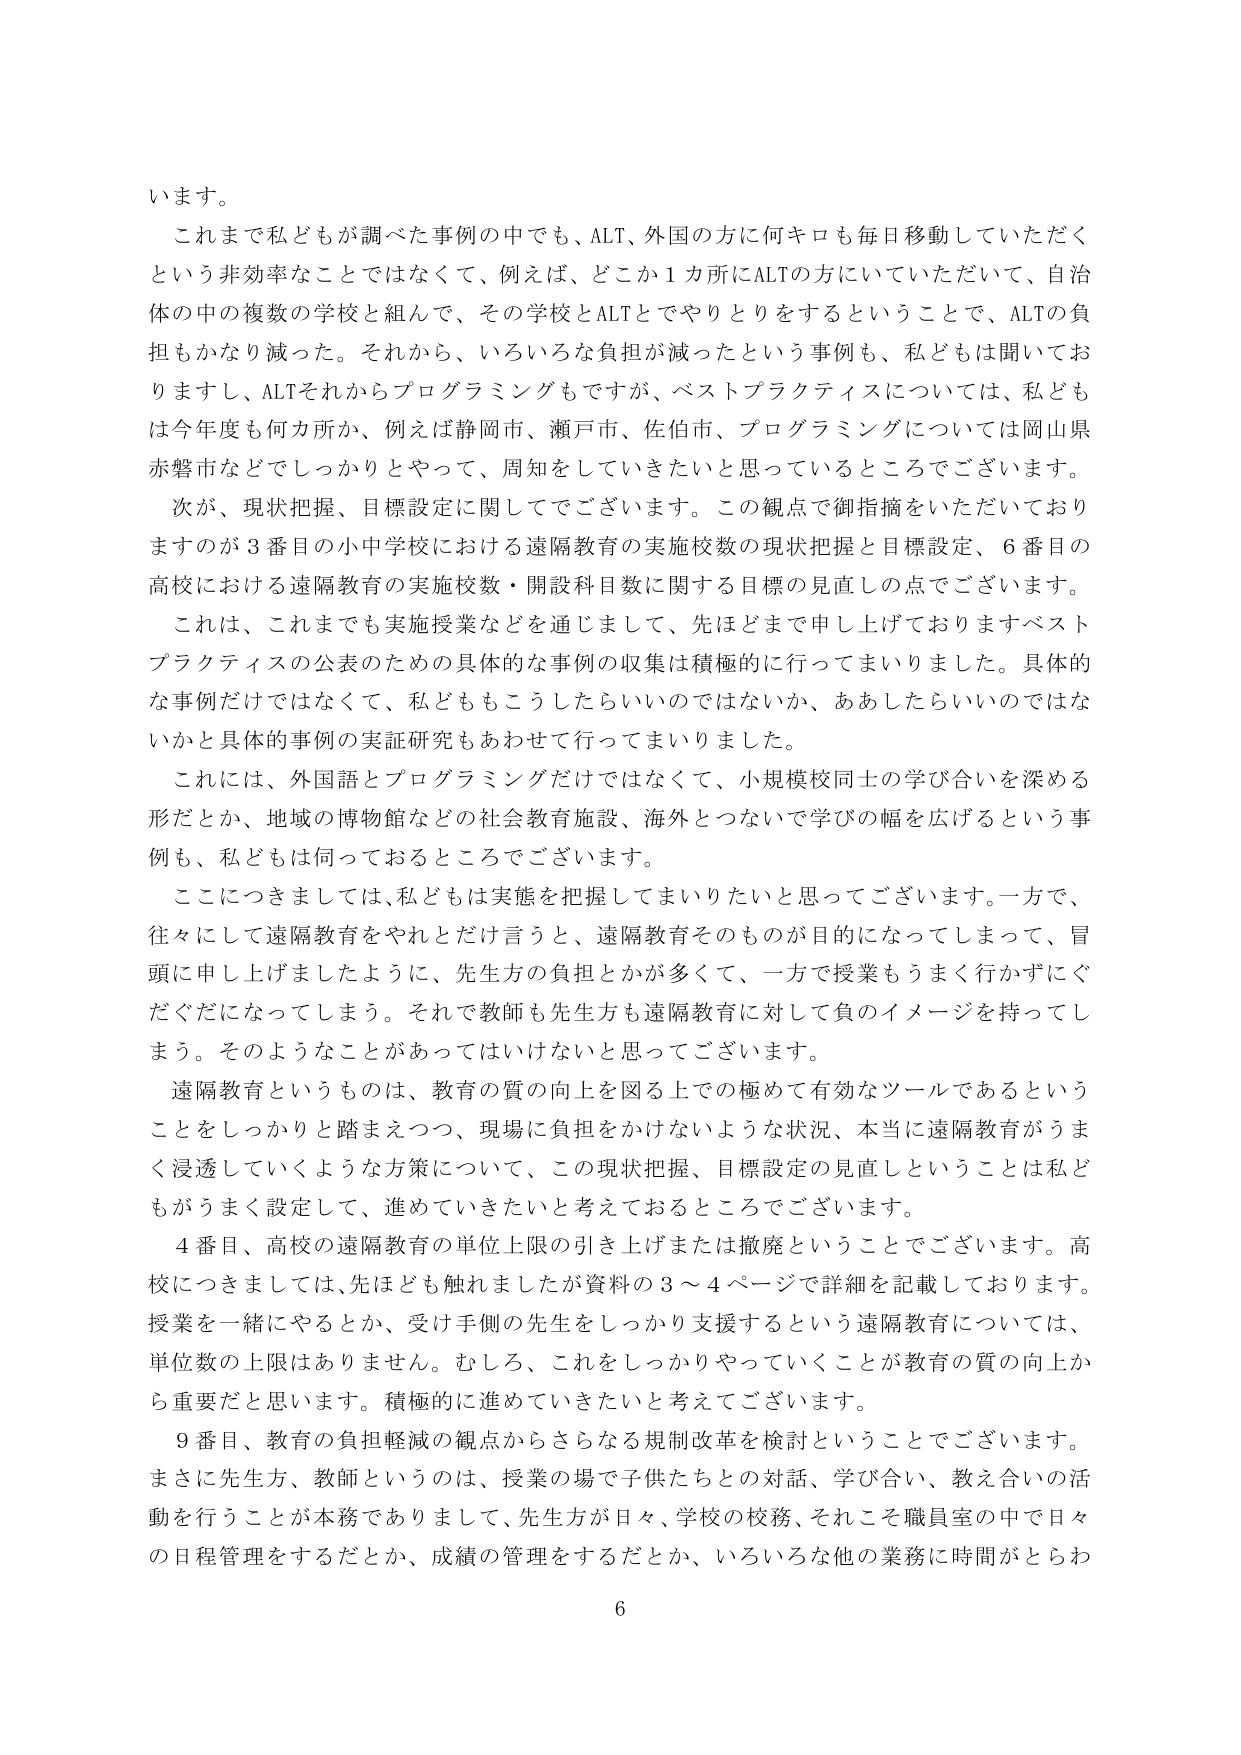
います。

これまで私どもが調べた事例の中でも、ALT、外国の方に何キロも毎日移動していただくという非効率なことではなくて、例えば、どこか１カ所にALTの方にいていただいて、自治体の中の複数の学校と組んで、その学校とALTとでやりとりをするということで、ALTの負担もかなり減った。それから、いろいろな負担が減ったという事例も、私どもは聞いておりますし、ALTそれからプログラミングもですが、ベストプラクティスについては、私どもは今年度も何カ所か、例えば静岡市、瀬戸市、佐伯市、プログラミングについては岡山県赤磐市などでしっかりとやって、周知をしていきたいと思っているところでございます。

次が、現状把握、目標設定に関してでございます。この観点で御指摘をいただいておりますのが３番目の小中学校における遠隔教育の実施校数の現状把握と目標設定、６番目の高校における遠隔教育の実施校数・開設科目数に関する目標の見直しの点でございます。

これは、これまでも実施授業などを通じまして、先ほどまで申し上げておりますベストプラクティスの公表のための具体的な事例の収集は積極的に行ってまいりました。具体的な事例だけではなくて、私どももこうしたらいいのではないか、ああしたらいいのではないかと具体的事例の実証研究もあわせて行ってまいりました。

これには、外国語とプログラミングだけではなくて、小規模校同士の学び合いを深める形だとか、地域の博物館などの社会教育施設、海外とつないで学びの幅を広げるという事例も、私どもは伺っておるところでございます。

ここにつきましては、私どもは実態を把握してまいりたいと思ってございます。一方で、往々にして遠隔教育をやれとだけ言うと、遠隔教育そのものが目的になってしまって、冒頭に申し上げましたように、先生方の負担とかが多くて、一方で授業もうまく行かずになぐだぐだになってしまう。それで教師も先生方も遠隔教育に対して負のイメージを持ってしまう。そのようなことがあってはいけないと思ってございます。

遠隔教育というものは、教育の質の向上を図る上での極めて有効なツールであるということをしっかりと踏まえつつ、現場に負担をかけないような状況、本当に遠隔教育がうまく浸透していくような方策について、この現状把握、目標設定の見直しということは私どもがうまく設定して、進めていきたいと考えておるところでございます。

４番目、高校の遠隔教育の単位上限の引き上げまたは撤廃ということでございます。高校につきましては、先ほども触れましたが資料の３～４ページで詳細を記載しております。授業を一緒にやるとか、受け手側の先生をしっかり支援するという遠隔教育については、単位数の上限はありません。むしろ、これをしっかりやっていくことが教育の質の向上から重要だと思います。積極的に進めていきたいと考えております。

９番目、教育の負担軽減の観点からさらなる規制改革を検討ということでございます。まさに先生方、教師というのは、授業の場で子供たちとの対話、学び合い、教え合いの活動を行うことが本務でありまして、先生方が日々、学校の校務、それこそ職員室の中で日々の日程管理をするだとか、成績の管理をするだとか、いろいろな他の業務に時間がとらわ

6